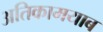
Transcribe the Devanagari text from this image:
अतिकामयाब